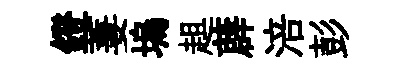
鐙萋塢趄薜涪彭